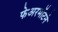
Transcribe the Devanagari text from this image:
फेअरमोंटने